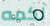
لكمه